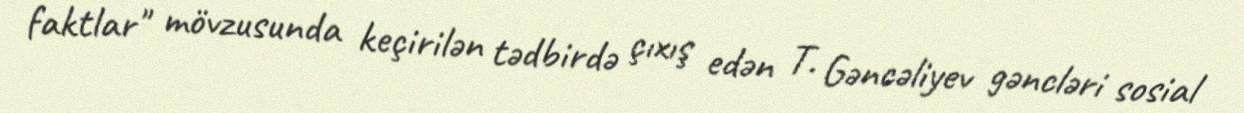
faktlar" mövzusunda keçirilən tədbirdə çıxış edən T. Gəncəliyev gəncləri sosial